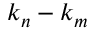
k _ { n } - k _ { m }